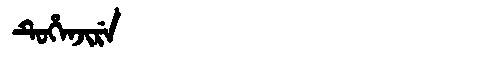
Manchu: ᡨᡠᡥᡝᠨᠵᡳᡵᡝ
Romanization: TUHENJIRE